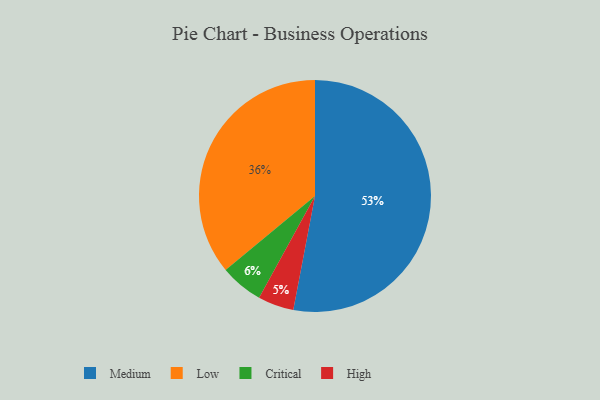
{"axis": {"x": "Category", "y": "Percentage"}, "legend": ["Critical", "High", "Low", "Medium"], "data": [{"x": "High", "y": 5, "type": "High"}, {"x": "Critical", "y": 6, "type": "Critical"}, {"x": "Low", "y": 36, "type": "Low"}, {"x": "Medium", "y": 53, "type": "Medium"}]}